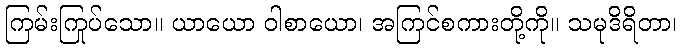
ကြမ်းကြုပ်သော။ ယာယော ဝါစာယော၊ အကြင်စကားတို့ကို။ သမုဒိရိတာ၊